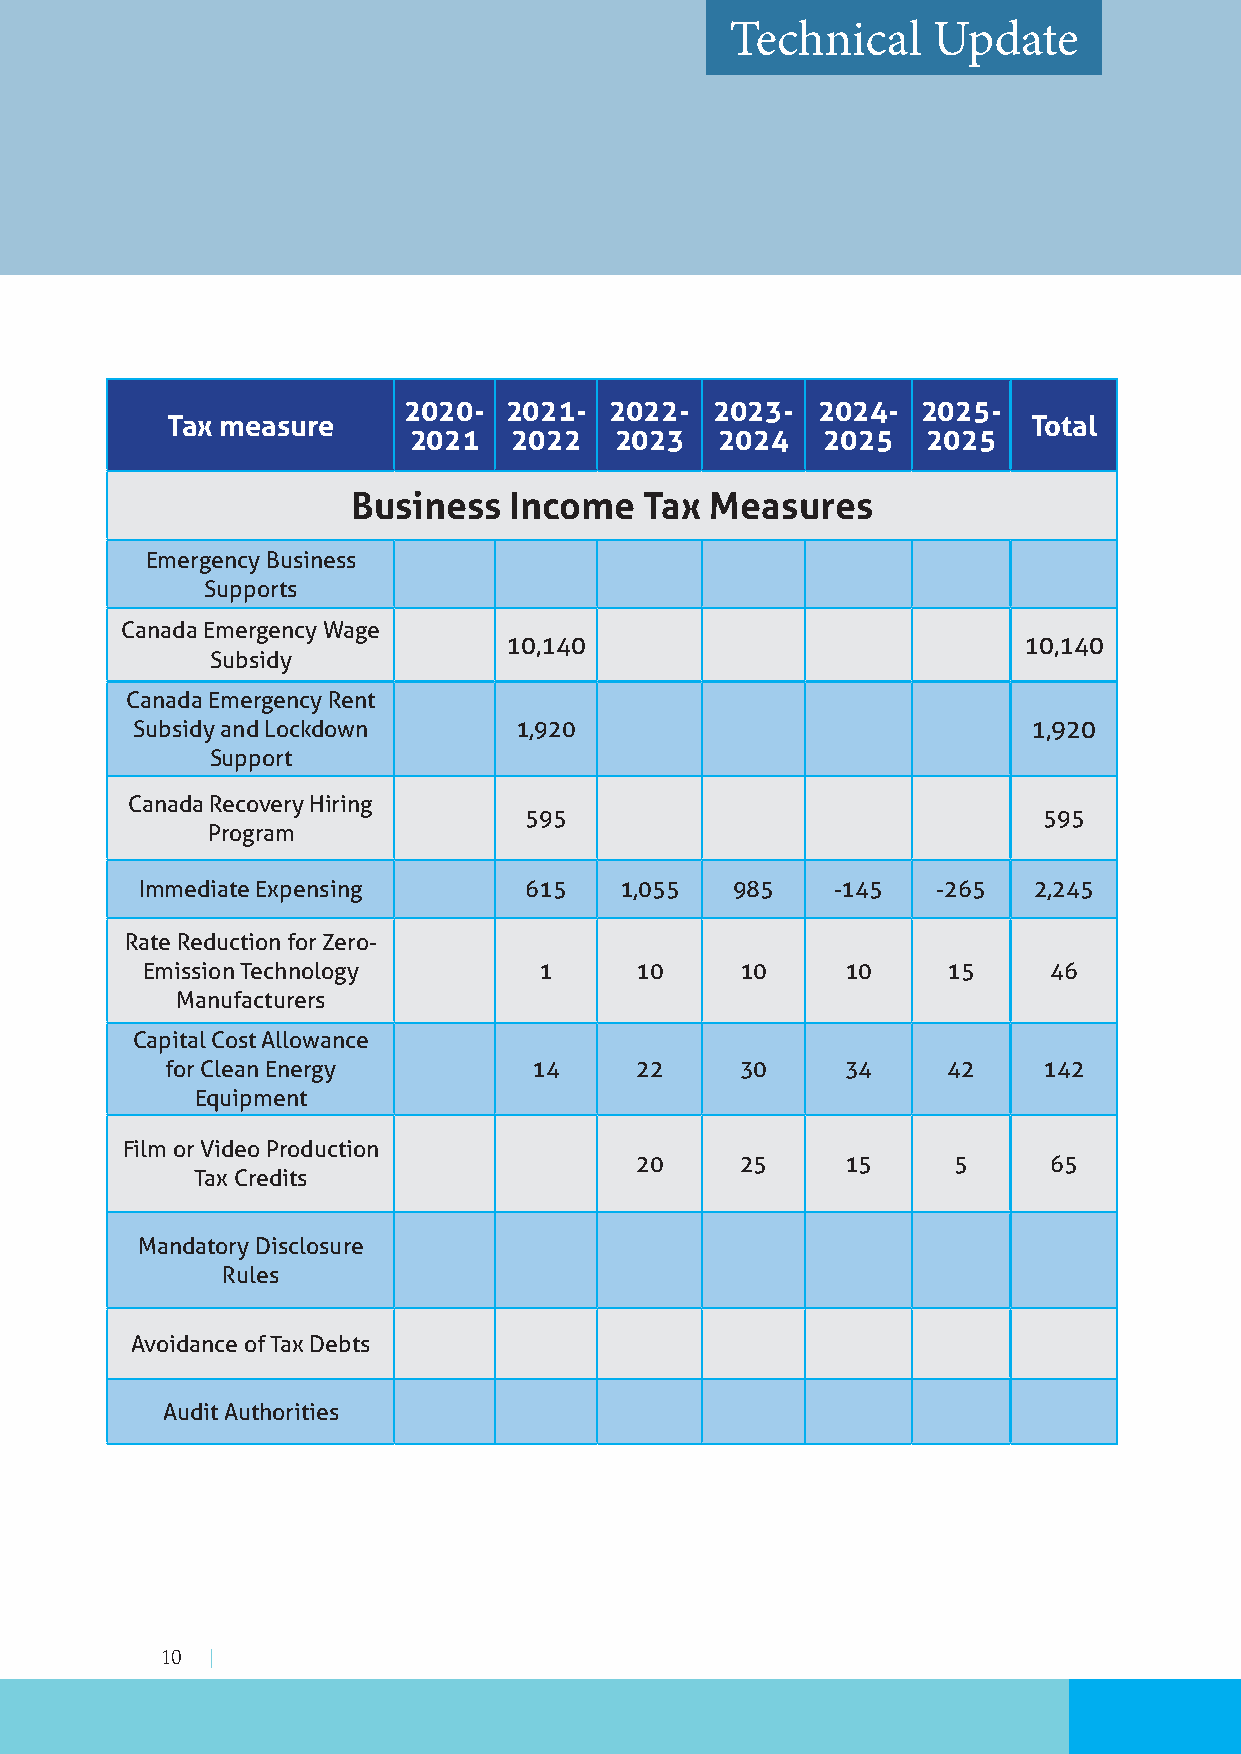
Technical     Update
 2020- 2021-  2022-  2023-  2024-  2025-
 Tax measure                                              Total
 2021   2022   2023   2024  2025   2025
 Business   Income   Tax Measures
 Emergency Business
 Supports
 Canada Emergency Wage
 10,140                             10,140
 Subsidy
 Canada Emergency Rent
 Subsidy and Lockdown     1,920                             1,920
 Support
 Canada Recovery Hiring
 595                               595
 Program
 Immediate Expensing       615   1,055  985    -145   -265  2,245
 Rate Reduction for Zero-
 Emission Technology        1     10     10     10     15    46
 Manufacturers
 Capital Cost Allowance
 for Clean Energy        14     22     30     34     42    142
 Equipment
 Film or Video Production
 20     25     15     5     65
 Tax Credits
 Mandatory Disclosure
 Rules
 Avoidance of Tax Debts
 Audit Authorities
 10 |